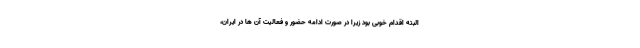
البته اقدام خوبی بود زیرا در صورت ادامه حضور و فعالیت آن ها در ایران،